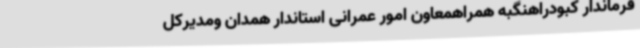
فرماندار کبودراهنگبه همراهمعاون امور عمرانی استاندار همدان ومدیرکل